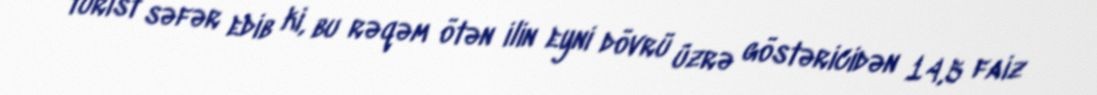
turist səfər edib ki, bu rəqəm ötən ilin eyni dövrü üzrə göstəricidən 14,5 faiz